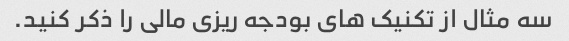
سه مثال از تکنیک های بودجه ریزی مالی را ذکر کنید.